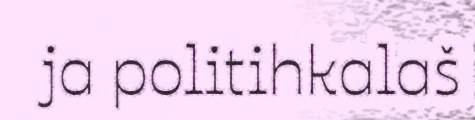
ja politihkalaš